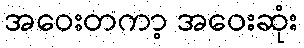
အဝေးတကာ့ အဝေးဆုံး